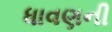
ધાવણની